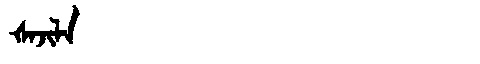
Manchu: ᡧᠠᠵᡳᠯᠠ
Romanization: ŠAJILA